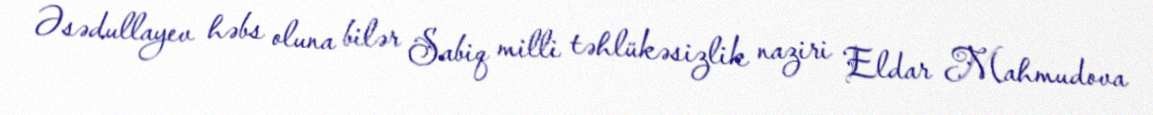
Əsədullayev həbs oluna bilər Sabiq milli təhlükəsizlik naziri Eldar Mahmudova